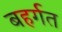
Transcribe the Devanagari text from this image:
बहर्गत